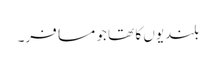
بلندیوں کا تھا جو مسافر۔